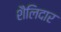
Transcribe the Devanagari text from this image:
शैलिदार